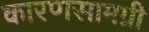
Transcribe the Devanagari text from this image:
कारणसामग्री